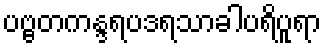
ပဗ္ဗတကန္ဒရပဒရသာခါပရိပူရာ